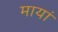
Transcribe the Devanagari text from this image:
मायां